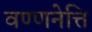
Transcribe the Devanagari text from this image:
वण्णनेत्ति